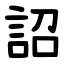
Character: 詔